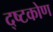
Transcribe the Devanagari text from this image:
द्ष्टकोण